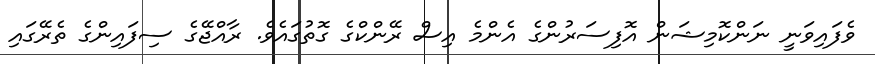
ވެފައިވަނީ ނަންކޮމިޝަން އޮފިސަރުންގެ އެންމެ އިސް ރޭންކްގެ ގޮތުގައެވެ. ރާއްޖޭގެ ސިފައިންގެ ތެރޭގައި